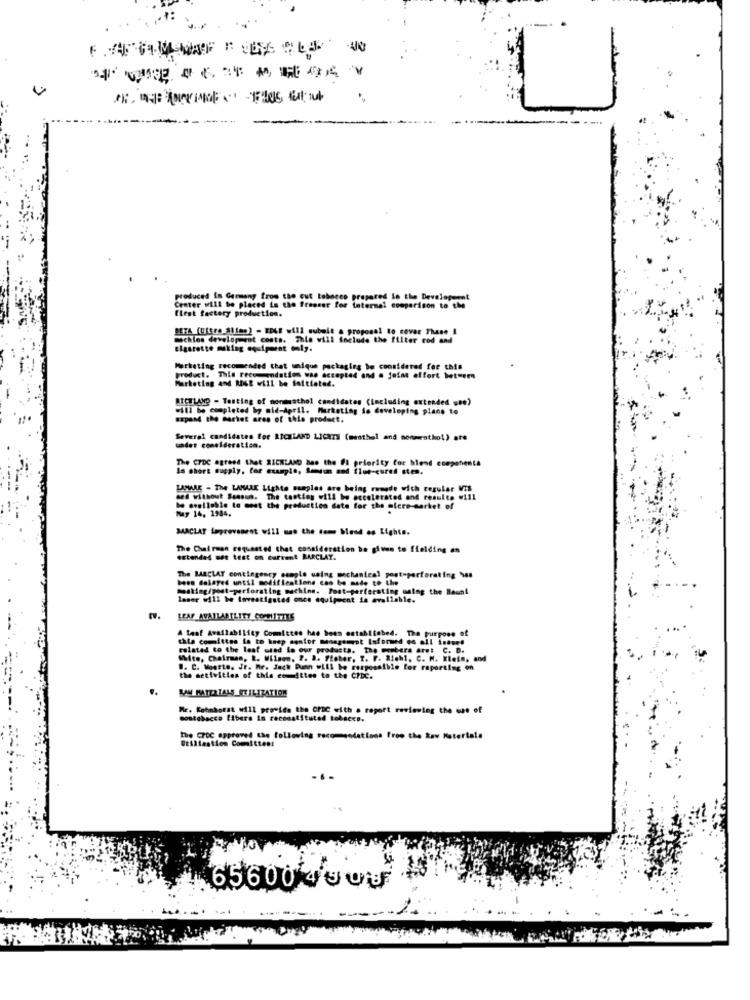
produced in Germany from the cut tobacco prepared in the Development
Center will be placed in the freeser for internal comparison to the
flest factory production.
BETA (Uitre Sifao) - EDGE will submit a proposal to cover These I
ochies development costs. This will Include the filter rod and
cigarette making equipment only.
Marketing recommended that unique packaging be considered for this
product. This recommendation was accepted and . joint effort between
Marketing and ROSE will be faitistet.
MICHLAR - Tasting of nonmusthol candidates (including extended wee)
=11] be completed by mid-April. Marketing Sa developing plans to
Expand the market ares of this product.
Several candidates for RICHLAND LICHTS (menthal and nonmenthol) are
under consideration.
The CrDC agreed that RICHLAND has the fl priority Cor blend componente
In short supply, for example, Sensun and flue-cured sten.
LAMMARE - The LAMAAK Lights samples are being remode with regular Vis
med without Samsun. The tasties will be accelerated and results will
May 14, 1984.
be available to meet the production date for the ofere-market of
MACLAT Laprevenest will man the dome blood es Lights.
The Chairman requested that consideration be given to fielding en
extended met test on current BARCLAY.
The BARCLAY contingency sample using mechanical post-perforating bas
been delayed until modifications can be made to the
moshing/post-perforating machine. Post-perfersting using the Best
laser w412 be Investigated once equipment is available."
A taaf Availability Committee has been established. The purpose of
thta committee is to keep senior management Isformed oo all inese!
related to the leat used to our products. The webera aret C. D.
White, Chairman, R. Wilson, 7. 3. Ffoher, T. F. Rich1, C. H. Klete, and
B. C. Woerts. Jr. Mr. Jack Dunn will be rerpossible for reporting on
the activities of this co-ittes to the CPDC.
SAN MATERIALS UTILIZATION
Me. Kohmborat will provide the CPDC with a report reviewing the use of
montabacco libera in reconstituted tobacco.
The CPCC approved the following recommendations froo the Raw Materiale
@tillantion Comittent
#
65600 000